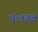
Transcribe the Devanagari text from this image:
पंाडव